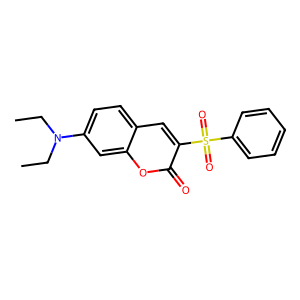
SMILES: CCN(CC)c1ccc2cc(S(=O)(=O)c3ccccc3)c(=O)oc2c1
Inhibits HIV replication: No